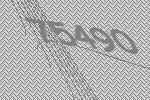
75490